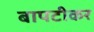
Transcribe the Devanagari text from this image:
बापटीकर